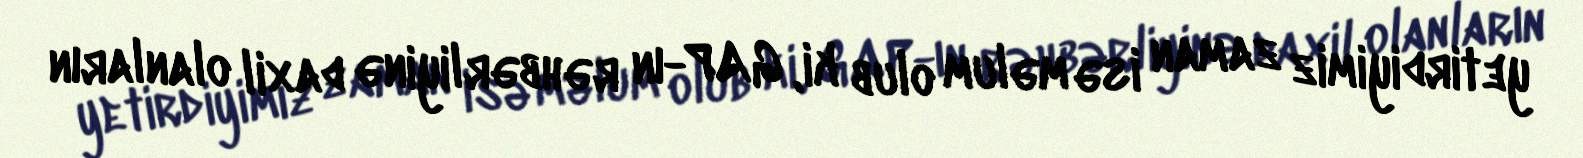
yetirdiyimiz zaman isə məlum olub ki, GAP-ın rəhbərliyinə daxil olanların